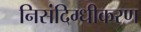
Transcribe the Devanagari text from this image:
निसंदिग्धीकरण